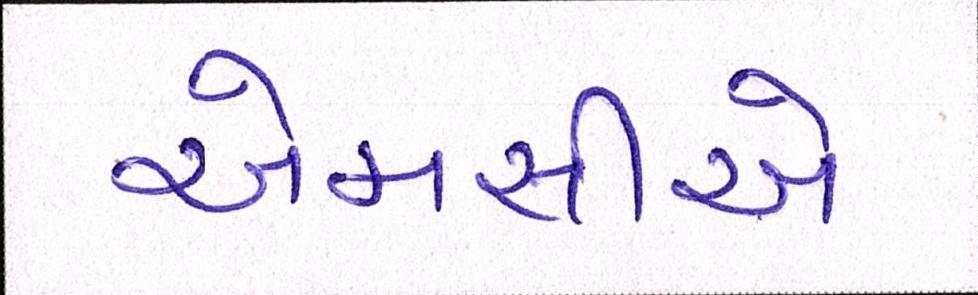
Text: એમસીએ